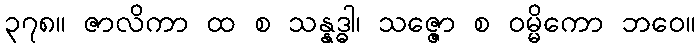
၃၇၈။ ဇာလိကာ ထ စ သန္နဒ္ဓါ၊ သဇ္ဇော စ ဝမ္မိကော ဘဝေ။